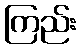
ကြည်း